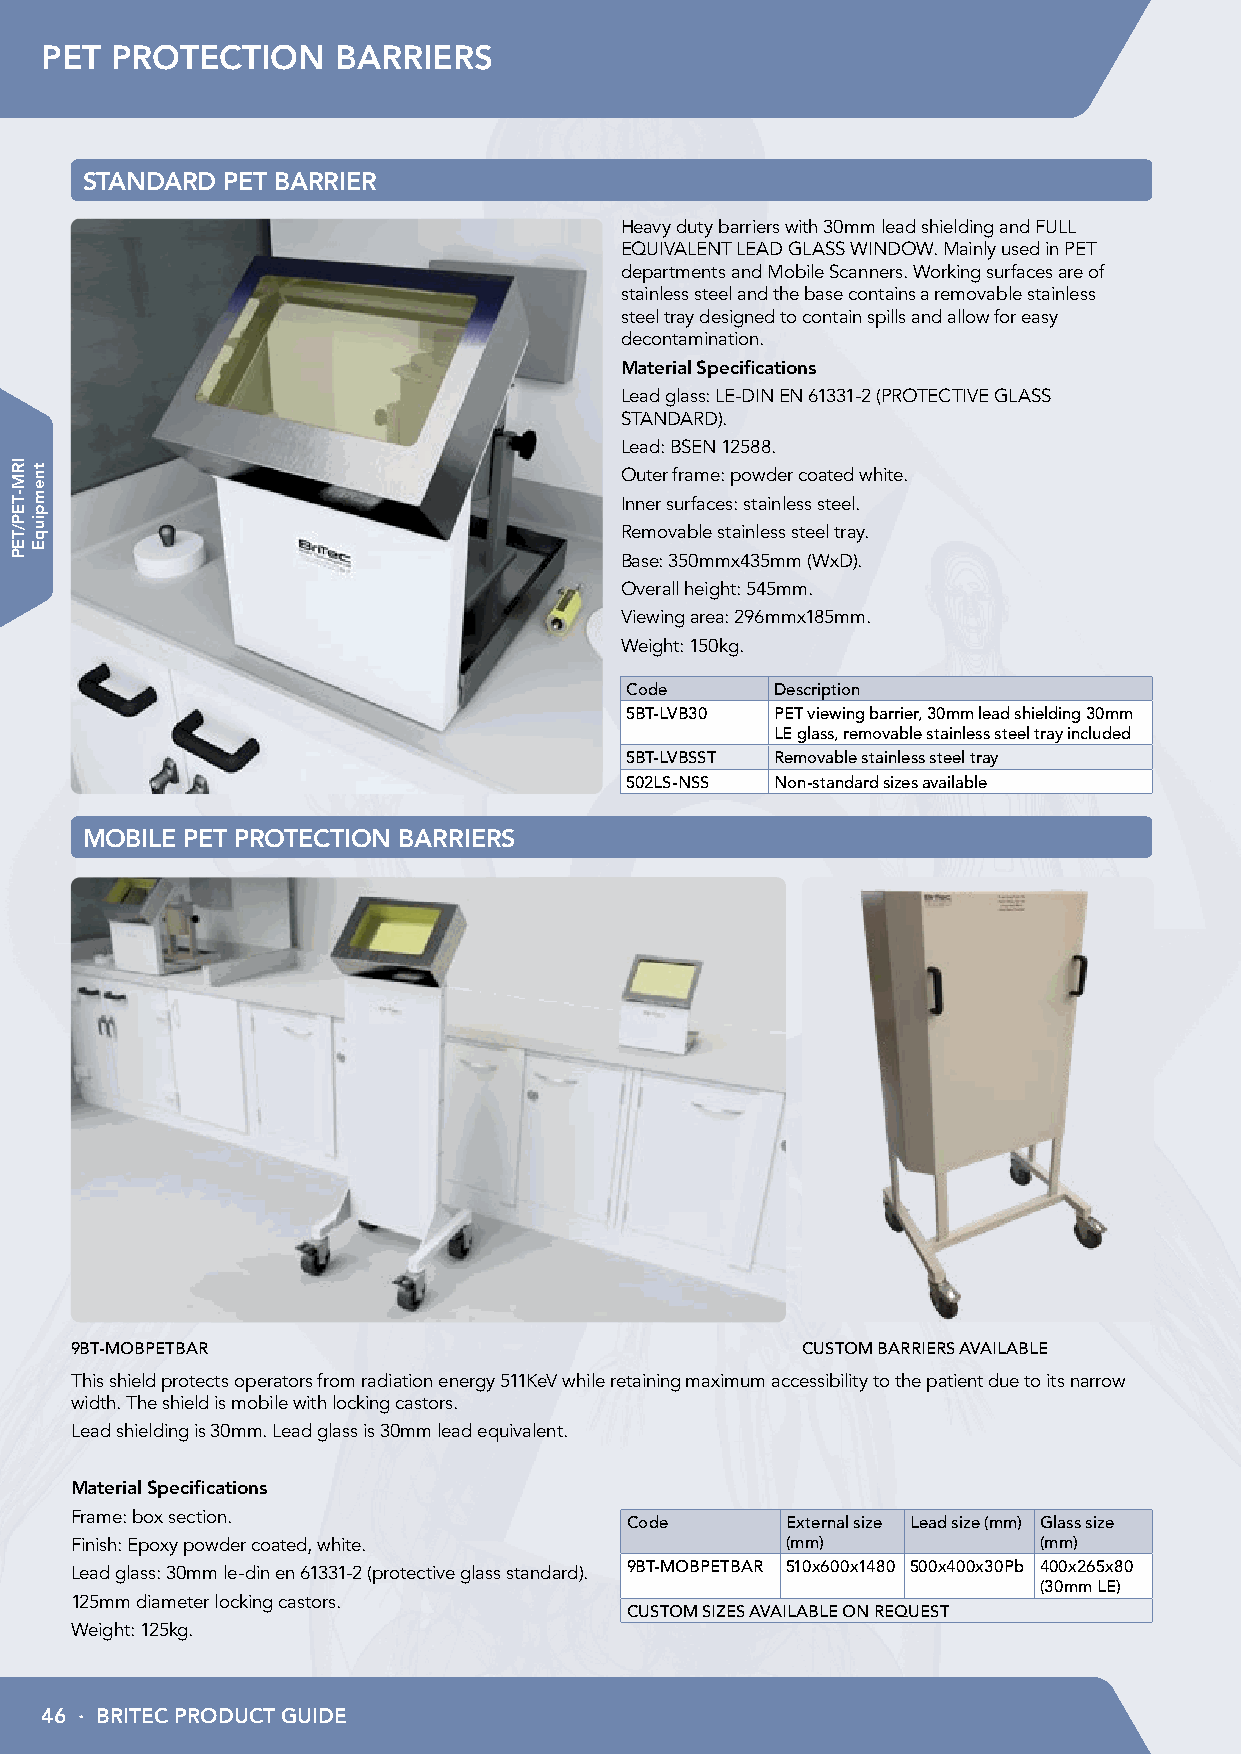
PET PROTECTION     BARRIERS
 STANDARD  PET BARRIER
 Heavy duty barriers with 30mm lead shielding and FULL
 EQUIVALENT LEAD GLASS WINDOW. Mainly used in PET
 departments and Mobile Scanners. Working surfaces are of
 stainless steel and the base contains a removable stainless
 steel tray designed to contain spills and allow for easy
 decontamination.
 Material Specifications
 Lead glass: LE-DIN EN 61331-2 (PROTECTIVE GLASS
 STANDARD).
 Lead: BSEN 12588.
 Outer frame: powder coated white.
 Inner surfaces: stainless steel.
 Removable stainless steel tray.
 Base: 350mmx435mm (WxD).
 Overall height: 545mm.
 Viewing area: 296mmx185mm.
 Weight: 150kg.
 Code      Description
 5BT-LVB30 PET viewing barrier, 30mm lead shielding 30mm
 LE glass, removable stainless steel tray included
 5BT-LVBSST Removable stainless steel tray
 502LS-NSS Non-standard sizes available
 MOBILE PET PROTECTION BARRIERS
 9BT-MOBPETBAR                                   CUSTOM BARRIERS AVAILABLE
 This shield protects operators from radiation energy 511KeV while retaining maximum accessibility to the patient due to its narrow
 width. The shield is mobile with locking castors.
 Lead shielding is 30mm. Lead glass is 30mm lead equivalent.
 Material Specifications
 Frame: box section.
 Code       External size Lead size (mm) Glass size
 Finish: Epoxy powder coated, white.            (mm)             (mm)
 Lead glass: 30mm le-din en 61331-2 (protective glass standard). 9BT-MOBPETBAR 510x600x1480 500x400x30Pb 400x265x80
 (30mm LE)
 125mm diameter locking castors.
 CUSTOM SIZES AVAILABLE ON REQUEST
 Weight: 125kg.
 46 · BRITEC PRODUCT GUIDE
 IRM-TEP/TEP tnempiuqE